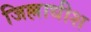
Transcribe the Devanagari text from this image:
जिल्लाधीश